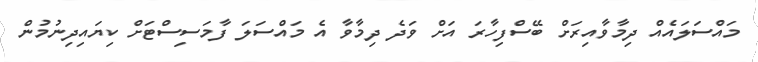
މައްސަލައެއް ދިމާވާއިރަށް ބޭސްފިހާރަ އަށް ވަދެ ދިމާވާ އެ މައްސަލަ ފާމަސިސްޓަށް ކިޔައިދިނުމުން